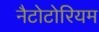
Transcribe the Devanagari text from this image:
नैटोटोरियम